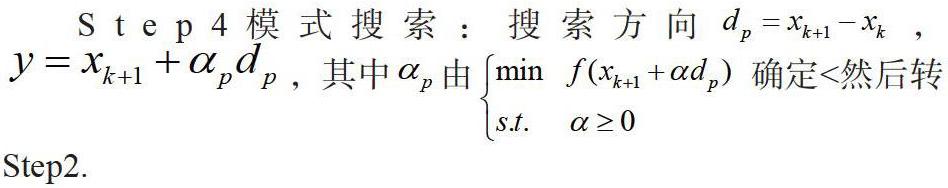
$\begin{array}{l}\mathrm{S}\mathrm{t}\mathrm{e}\mathrm{p}\ 4\ 模 式 搜 索 ： 搜 索 方 向\ {d}_{p}={x}_{k+1}-{x}_{k}\ ,\\ y={x}_{k+1}+{\alpha }_{p}{d}_{p}\ ,\mathrm{其}\mathrm{中}{\alpha }_{p}\mathrm{由}\left\{\begin{array}{l}\min \ f({x}_{k+1}+\alpha {d}_{p})\\ s.t.\ \ \alpha \geq 0\end{array}\right. \mathrm{确}\mathrm{定}<\mathrm{然}\mathrm{后}\mathrm{转}\\ \mathrm{S}\mathrm{t}\mathrm{e}\mathrm{p}2.\end{array}$